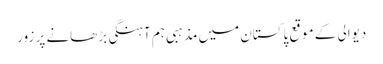
دیوالی کے موقع پاکستان میں مذہبی ہم آہنگی بڑھانے پر زور